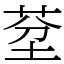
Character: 𦯀